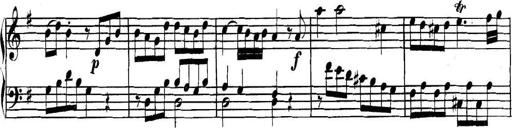
Title: Collected Piano Sonatas
Composer: Muzio Clementi